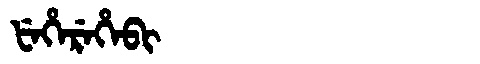
Manchu: ᡶᡝᡥᡝᡵᡝᡥᡝᠪᡳ
Romanization: FEHEREHEBI